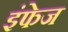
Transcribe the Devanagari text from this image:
इंफेज